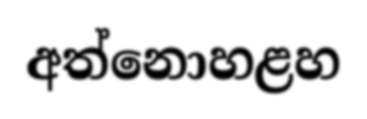
අත්නොහළහ